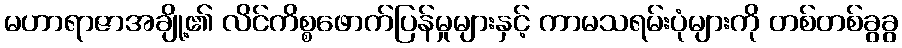
မဟာရာဇာအချို့၏ လိင်ကိစ္စဖောက်ပြန်မှုများနှင့် ကာမသရမ်းပုံများကို တစ်တစ်ခွခွ